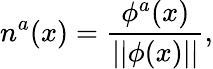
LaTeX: n^{a}(x)=\frac{\phi^{a}(x)}{||\phi(x)||},